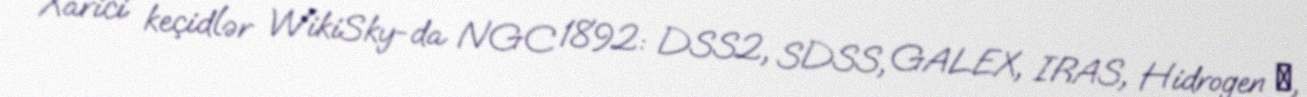
Xarici keçidlər WikiSky-da NGC 1892: DSS2, SDSS, GALEX, IRAS, Hidrogen α,